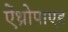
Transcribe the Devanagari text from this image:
ऐंथ्रोपाएड